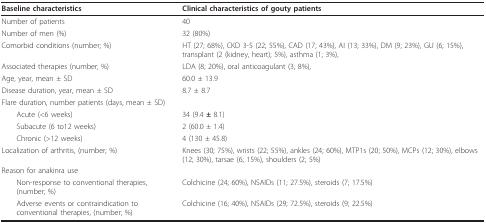
<table><thead><tr><td><b>Baseline characteristics</b></td><td><b>Clinical characteristics of gouty patients</b></td></tr></thead><tbody><tr><td>Number of patients</td><td>40</td></tr><tr><td>Number of men (%)</td><td>32 (80%)</td></tr><tr><td>Comorbid conditions (number; %)</td><td>HT (27; 68%), CKD 3-5 (22; 55%), CAD (17; 43%), AI (13; 33%), DM (9; 23%), GU (6; 15%), transplant (2 (kidney, heart); 5%), asthma (1; 3%),</td></tr><tr><td>Associated therapies (number; %)</td><td>LDA (8; 20%), oral anticoagulant (3; 8%),</td></tr><tr><td>Age, year, mean ± SD</td><td>60.0 ± 13.9</td></tr><tr><td>Disease duration, year, mean ± SD</td><td>8.7 ± 8.7</td></tr><tr><td>Flare duration, number patients (days, mean ± SD)</td><td></td></tr><tr><td> Acute (&lt;6 weeks)</td><td>34 (9.4 <b>± </b>8.1)</td></tr><tr><td> Subacute (6 to12 weeks)</td><td>2 (60.0 ± 1.4)</td></tr><tr><td> Chronic (&gt;12 weeks)</td><td>4 (130 ± 45.8)</td></tr><tr><td>Localization of arthritis, (number; %)</td><td>Knees (30; 75%), wrists (22; 55%), ankles (24; 60%), MTP1s (20; 50%), MCPs (12; 30%), elbows (12; 30%), tarsae (6; 15%), shoulders (2; 5%)</td></tr><tr><td>Reason for anakinra use</td><td></td></tr><tr><td> Non-response to conventional therapies, (number; %)</td><td>Colchicine (24; 60%), NSAIDs (11; 27.5%), steroids (7; 17.5%)</td></tr><tr><td> Adverse events or contraindication to conventional therapies, (number; %)</td><td>Colchicine (16; 40%), NSAIDs (29; 72.5%), steroids (9; 22.5%)</td></tr></tbody></table>